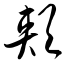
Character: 颊